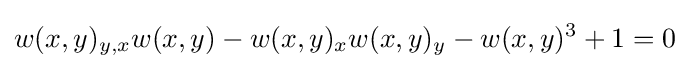
w(x,y)_{y,x}w(x,y)-w(x,y)_{x}w(x,y)_{y}-w(x,y)^{3}+1=0